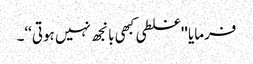
فرمایا ''غلطی کبھی بانجھ نہیں ہوتی‘‘۔